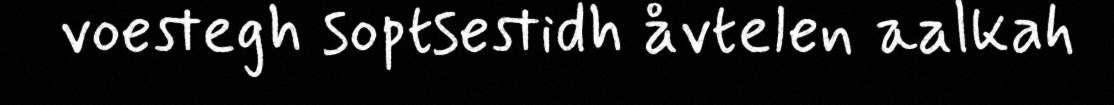
voestegh soptsestidh åvtelen aalkah